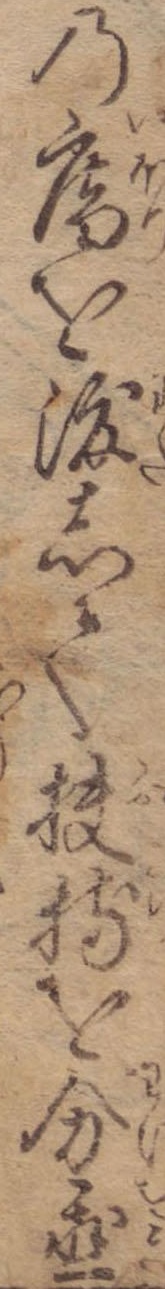
の庵を渡して扶持を分置